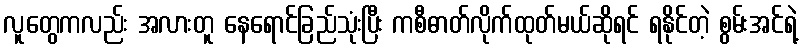
လူတွေကလည်း အလားတူ နေရောင်ခြည်သုံးပြီး ကစီဓာတ်လိုက်ထုတ်မယ်ဆိုရင် ရနိုင်တဲ့ စွမ်းအင်ရဲ့